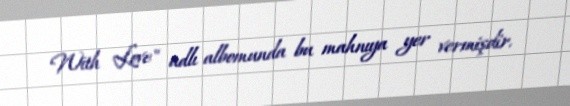
With Love" adlı albomunda bu mahnıya yer vermişdir.